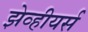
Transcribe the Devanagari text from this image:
झेव्हीयर्स